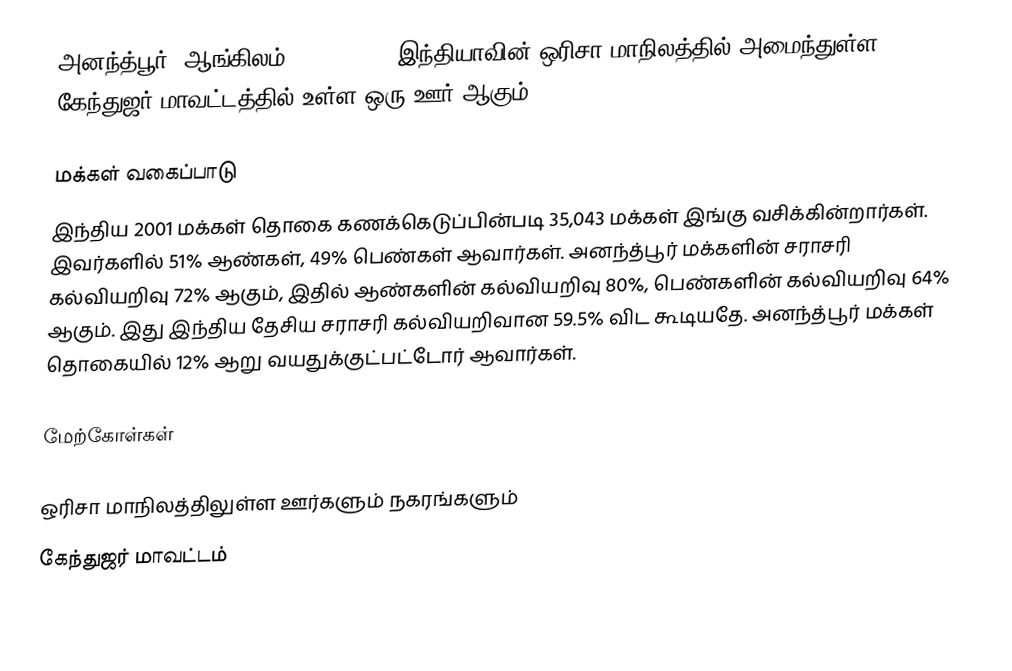
அனந்த்பூர் (ஆங்கிலம்:Anandapur), இந்தியாவின் ஒரிசா மாநிலத்தில் அமைந்துள்ள கேந்துஜர் மாவட்டத்தில் உள்ள ஒரு ஊர் ஆகும்.

மக்கள் வகைப்பாடு
இந்திய 2001 மக்கள் தொகை கணக்கெடுப்பின்படி 35,043 மக்கள் இங்கு வசிக்கின்றார்கள். இவர்களில் 51% ஆண்கள், 49% பெண்கள் ஆவார்கள். அனந்த்பூர் மக்களின் சராசரி கல்வியறிவு 72% ஆகும்,  இதில் ஆண்களின் கல்வியறிவு 80%,  பெண்களின் கல்வியறிவு 64% ஆகும். இது இந்திய தேசிய சராசரி கல்வியறிவான 59.5% விட கூடியதே. அனந்த்பூர் மக்கள் தொகையில் 12%  ஆறு வயதுக்குட்பட்டோர் ஆவார்கள்.

மேற்கோள்கள்

 ஒரிசா மாநிலத்திலுள்ள ஊர்களும் நகரங்களும்
கேந்துஜர் மாவட்டம்